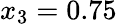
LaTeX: x_{3}=0.75